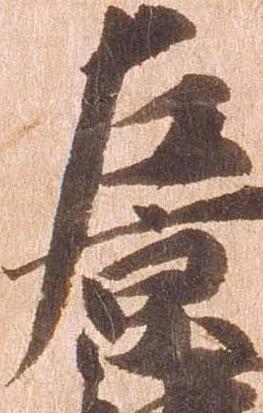
左